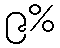
၉%